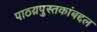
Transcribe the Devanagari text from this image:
पाठय़पुस्तकांबद्दल